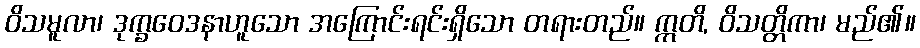
ဝိသမူလာ၊ ဒုက္ခဝေဒနာဟူသော အကြောင်းရင်းရှိသော တရားတည်။ ဣတိ, ဝိသတ္တိကာ၊ မည်၏။